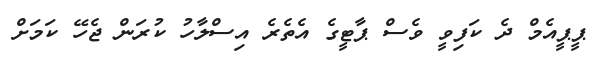
ޕީޕީއެމް ދެ ކަފިވީ ވެސް ޕާޓީގެ އެތެރެ އިސްލާހު ކުރަން ޖެހޭ ކަމަށް